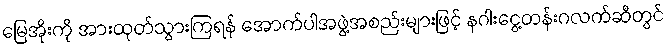
မြေအိုးကို အားထုတ်သွားကြရန် အောက်ပါအဖွဲ့အစည်းများဖြင့် နဂါးငွေ့တန်းဂလက်ဆီတွင်